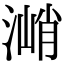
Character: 㴥